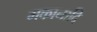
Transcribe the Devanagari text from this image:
मकानादि